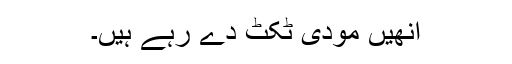
انھیں مودی ٹکٹ دے رہے ہیں۔